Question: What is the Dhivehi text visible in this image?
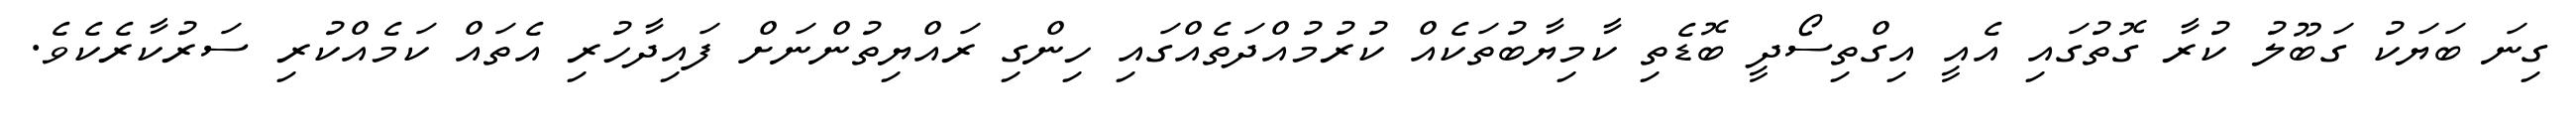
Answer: ގިނަ ބަޔަކު ގަބޫލު ކުރާ ގޮތުގައި އެއީ އިގްތިސޯދީ ބޮޑެތި ކާމިޔާބުތަކެއް ކުރުމުއްދަތެއްގައި ހިންގި ރައްޔިތުންނަށް ފައިދާހުރި އެތައް ކަމެއްކުރި ސަރުކާރެކެވެ.